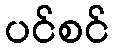
ပင်စင်